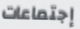
إجتماعات